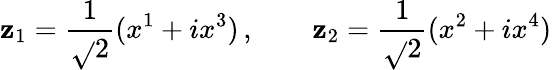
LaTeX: \mathbf{z}_{1}=\frac{{1}}{{\sqrt{}{{2}}}}(x^{1}+ix^{3})\, ,\qquad\mathbf{z}_{2}=\frac{{1}}{{\sqrt{}{{2}}}}(x^{2}+ix^{4})